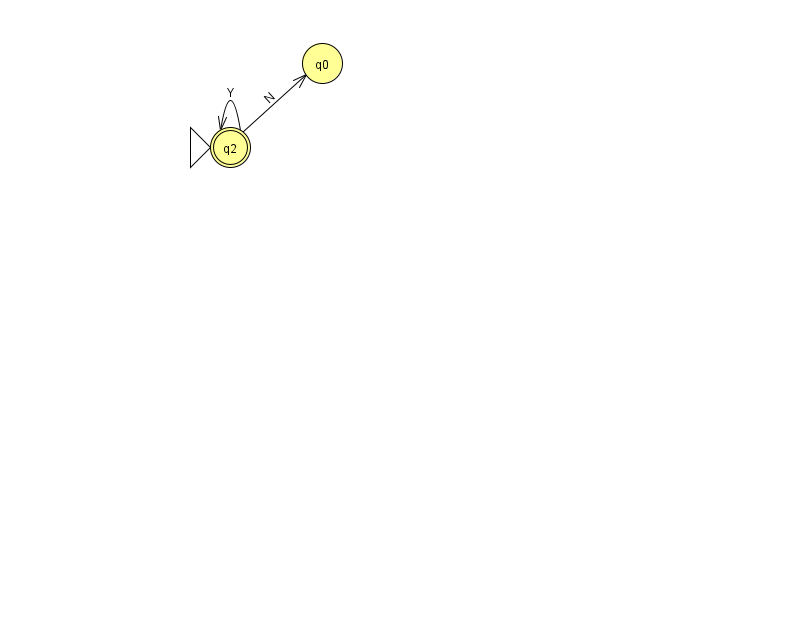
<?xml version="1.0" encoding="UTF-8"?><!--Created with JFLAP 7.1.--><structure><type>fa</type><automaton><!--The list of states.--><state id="0" name="q0"><x>322.0</x><y>50.0</y></state><state id="2" name="q2"><x>230.0</x><y>134.0</y><initial/><final/></state><!--The list of transitions.--><transition><from>2</from><to>0</to><read>N</read></transition><transition><from>2</from><to>2</to><read>Y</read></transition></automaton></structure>